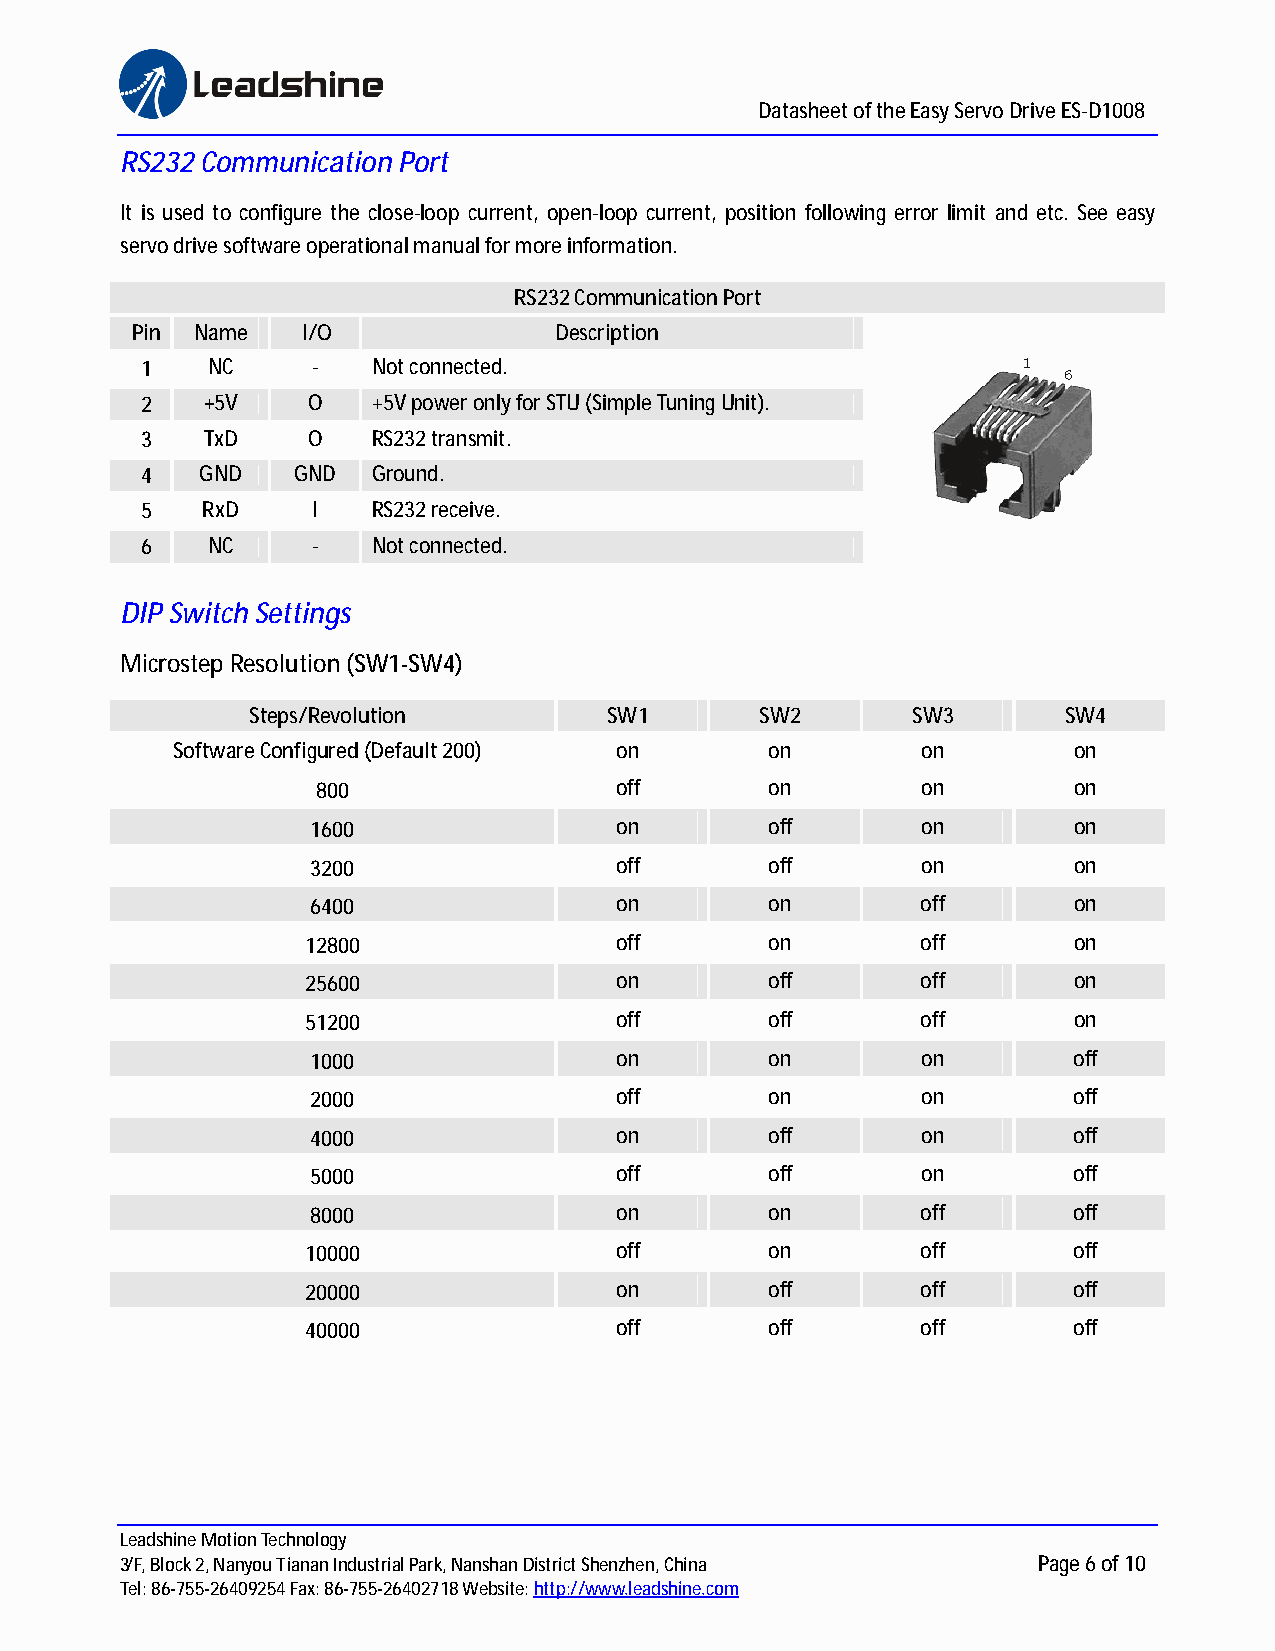
Datasheet of the Easy Servo Drive ES-D1008
 RS232 Communication Port
 It is used to configure the close-loop current, open-loop current, position following error limit and etc. See easy
 servo drive software operational manual for more information.
 RS232 Communication Port
 Pin Name   I/O              Description
 1    NC     -   Not connected.
 2   +5V    O    +5V power only for STU (Simple Tuning Unit).
 3    TxD   O    RS232 transmit.
 4   GND   GND   Ground.
 5   RxD     I   RS232 receive.
 6    NC     -   Not connected.
 DIP Switch Settings
 Microstep Resolution (SW1-SW4)
 Steps/Revolution        SW1       SW2       SW3       SW4
 Software Configured (Default 200) on    on        on        on
 800                 off       on        on        on
 1600                on        off       on        on
 3200                off       off       on        on
 6400                on        on        off       on
 12800                off       on        off       on
 25600                on        off       off       on
 51200                off       off       off       on
 1000                on        on        on        off
 2000                off       on        on        off
 4000                on        off       on        off
 5000                off       off       on        off
 8000                on        on        off       off
 10000                off       on        off       off
 20000                on        off       off       off
 40000                off       off       off       off
 Leadshine Motion Technology
 3/F, Block 2, Nanyou Tianan Industrial Park, Nanshan District Shenzhen, China Page 6 of 10
 Tel: 86-755-26409254 Fax: 86-755-26402718 Website:h ttp://www.leadshine.com